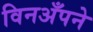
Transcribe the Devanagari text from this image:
विनअँपने